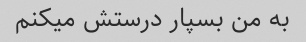
به من بسپار درستش میکنم